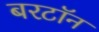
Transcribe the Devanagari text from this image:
बरटॉन